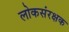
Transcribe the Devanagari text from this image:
लोकसंरक्षक